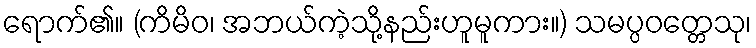
ရောက်၏။ (ကိမိဝ၊ အဘယ်ကဲ့သို့နည်းဟူမူကား။) သမပ္ပဝတ္တေသု၊